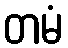
တမံ